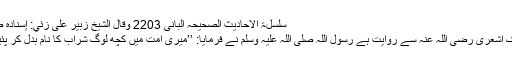
سلسلۃ الاحادیث الصحیحہ البانی 2203 وقال الشيخ زبير على زئي: إسناده ضعيف)
ابو مالک اشعری رضی اللہ عنہ سے روایت ہے رسول اللہ صلی اللہ علیہ وسلم نے فرمایا: ’’میری امت میں کچھ لوگ شراب کا نام بدل کر پئیں گے۔